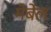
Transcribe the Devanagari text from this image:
मेबेल